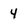
Character: 4